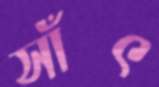
সাঁৎ